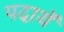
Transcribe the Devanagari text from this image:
पदाथॅ